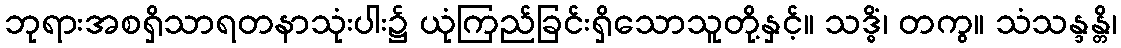
ဘုရားအစရှိသာရတနာသုံးပါး၌ ယုံကြည်ခြင်းရှိသောသူတို့နှင့်။ သဒ္ဓိံ၊ တကွ။ သံသန္ဒန္တိ၊